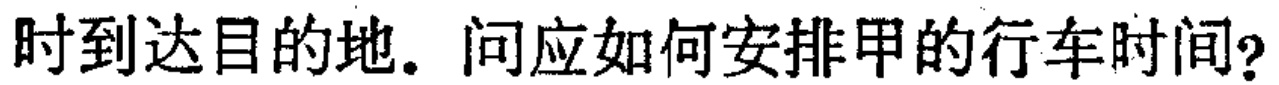
时到达目的地. 问应如何安排甲的行车时间?